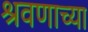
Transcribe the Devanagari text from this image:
श्रवणाच्या